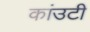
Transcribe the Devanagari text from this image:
कांउटी